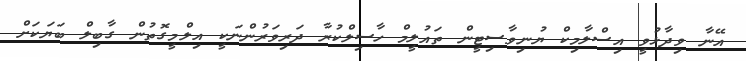
އޭނާ ވިދާޅުވީ އިސްލާމިކް ޔުނިވާސިޓީން ތައުލީމް ހާސިލްކުރާ ދަރިވަރުންނަކީ އިލްމީގޮތުން ގާބިލް ބަޔަކަށް